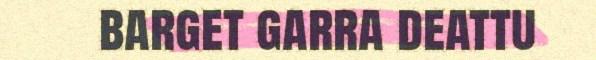
barget garra deattu